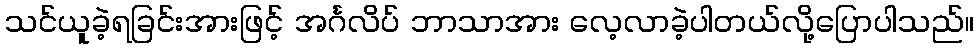
သင်ယူခဲ့ရခြင်းအားဖြင့် အင်္ဂလိပ် ဘာသာအား လေ့လာခဲ့ပါတယ်လို့ပြောပါသည်။